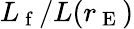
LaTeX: L_{\mathrm{~f~}}/L(r_{\mathrm{~E~}})